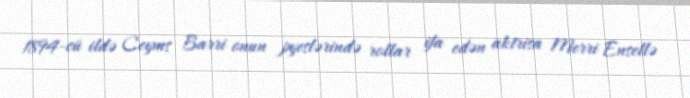
1894-cü ildə Ceyms Barri onun pyeslərində rollar ifa edən aktrisa Merri Ensellə